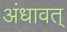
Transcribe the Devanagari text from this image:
अंधावत्